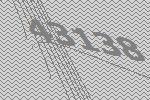
43138